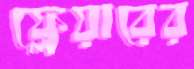
ফ্লেয়ারের